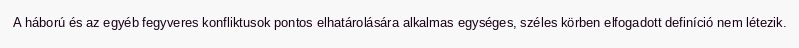
A háború és az egyéb fegyveres konfliktusok pontos elhatárolására alkalmas egységes, széles körben elfogadott definíció nem létezik.